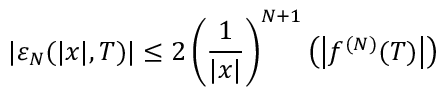
\lvert \varepsilon _ { N } ( \lvert x \rvert , T ) \rvert \le 2 \left( \frac { 1 } { \lvert x \rvert } \right) ^ { N + 1 } \left( \left\lvert f ^ { ( N ) } ( T ) \right\rvert \right)